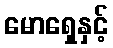
မောရှေနှင့်